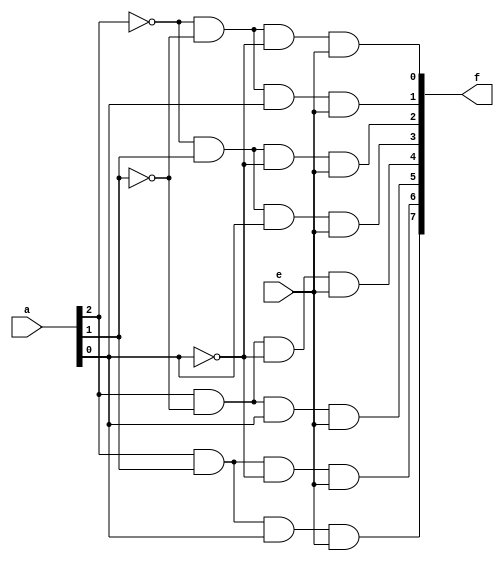
`timescale 1ns / 1ps

module DECODER_3to8(input [2:0] a, input e, output [7:0] f);
    
    and (f[0], ~a[2], ~a[1], ~a[0], e),
        (f[1], ~a[2], ~a[1],  a[0], e),
        (f[2], ~a[2],  a[1], ~a[0], e),
        (f[3], ~a[2],  a[1],  a[0], e),
        (f[4],  a[2], ~a[1], ~a[0], e),
        (f[5],  a[2], ~a[1],  a[0], e),
        (f[6],  a[2],  a[1], ~a[0], e),
        (f[7],  a[2],  a[1],  a[0], e);
endmodule